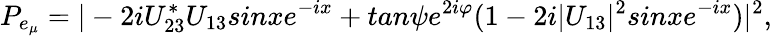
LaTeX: P_{e_{\mu}}=|-2iU_{23}^{*}U_{13}sinxe^{-ix}+tan\psi e^{2i\varphi}(1-2i|U_{13}|^{2}sinxe^{-ix})|^{2},